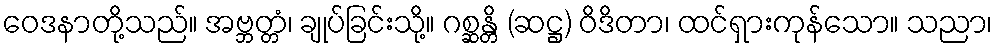
ဝေဒနာတို့သည်။ အဗ္ဘတ္တံ၊ ချုပ်ခြင်းသို့။ ဂစ္ဆန္တိ (ဆဋ္ဌ) ဝိဒိတာ၊ ထင်ရှားကုန်သော။ သညာ၊